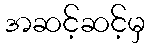
အဆင့်ဆင့်မှ